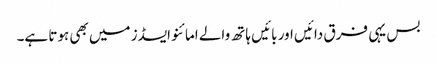
بس یہی فرق دائیں اور بائیں ہاتھ والے امائنو ایسڈز میں بھی ہوتا ہے۔